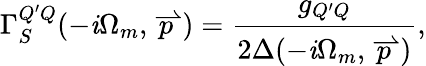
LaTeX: \Gamma_{S}^{Q^{\prime}Q}(-\mathit{i}\Omega_{m},\stackrel{\rightharpoonup}{p})=\frac{{g_{Q^{\prime}Q}}}{{2\Delta(-\mathit{i}\Omega_{m},\stackrel{\rightharpoonup}{p})}},